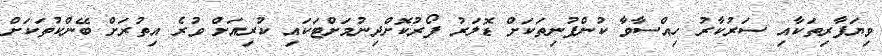
ވިޔަފާރިތަކާއި ސަރުކާރު ހިއްސާވާ ކުންފުނިތަކަށް ޑޮލަރު ފޯރުކޮށްދިނުމަށްޓަކައި ކުރިއަށް ވުރެ އިތުރަށް ބޭންކުތަކަށް